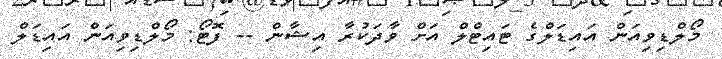
މޯލްޑިވިއަން އައިޑަލްގެ ޓައިޓްލް އަށް ވާދަކުރާ އިޝާން -- ފޮޓޯ: މޯލްޑިވިއަން އައިޑަލް